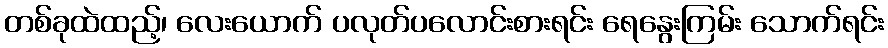
တစ်ခုထဲထည့်၊ လေးယောက် ပလုတ်ပလောင်းစားရင်း ရေနွေးကြမ်း သောက်ရင်း